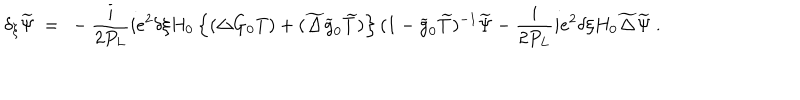
LaTeX: \delta _ { \xi } \widetilde \Psi \ = \ - \frac { i } { 2 P _ { L } } i e ^ { 2 } \delta \xi H _ { 0 } \left\{ ( \Delta G _ { 0 } T ) + ( \widetilde \Delta \widetilde g _ { 0 } \widetilde T ) \right\} ( 1 - \widetilde g _ { 0 } \widetilde T ) ^ { - 1 } \widetilde \Psi - \frac { i } { 2 P _ { L } } i e ^ { 2 } \delta \xi H _ { 0 } \widetilde \Delta \widetilde \Psi \ .